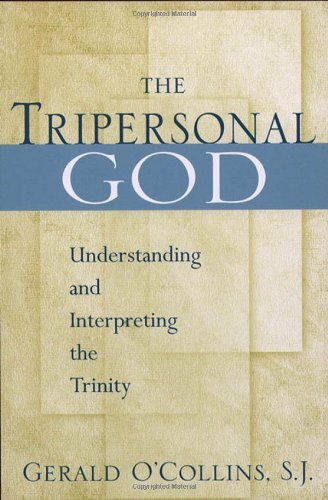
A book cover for The Tripersonal God: Understanding and Interpreting the Trinity; Gerald O'Collins; Christian Books & Bibles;